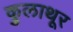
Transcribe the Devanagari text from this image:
कुलाथूर